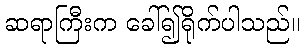
ဆရာကြီးက ခေါ်၍ရိုက်ပါသည်။